Civil Veterinary Department Bihar reports 1940-50 - 1940-1950
Year: 1940
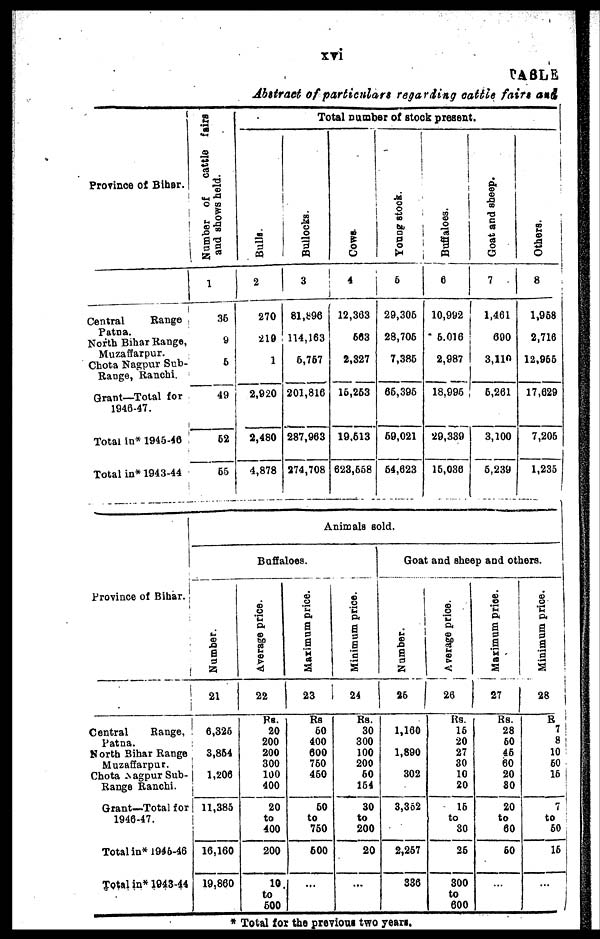
xvi
TABLE
Abstract of particulars regarding cattle fairs and
Province of Bihar.
Central Range
Patna.
North Bihar Range,
Muzaffarpur.
Chota Nagpur Sub-
Range, Ranchi.
Grant—Total for
1946-47.
Total In* 1945-46
Total in* 1943-44
Number of
cattle fairs
and shows held.
1
36
9
5
49
62
55
Total number of stock present.
Bulls.
2
270
219
1
2,920
2,480
4,878
Bullocks.
3
81,896
114,163
6,767
201,816
287,963
274,708
Cows.
4
12,303
663
2,327
15,253
19,513
623,668
Young stock.
5
29,306
28,706
7,386
66,396
69,021
64,623
Buffaloes.
6
10,992
5,016
2,987 i
18,995
29,339 |
16,036 |
Goat and sheep.
7
1,461
690
3,110
6,261
3,100
6,239
Others.
8
1,958
2,716
12,966
17,629
7,206
1,235
Province of Bihar.
Central
Range.
Patna.
North Bihar Range
Muzaffarpur.
Chota Nagpur Sub-
Range Ranchi.
Grant—Total for
1946-47.
Total in* 1945-46
Total in* 1943-44
Animals sold.
Buffaloes.
Number.
21
6,326
3,864
1,206
11,385
16,160
19,860
Average price.
22
Rs.
20
200
200
300
100
400
20
to
400
200
10.
to
600
Maximum price.
23
Rs
60
400
600
750
460
60
to
750
600
...
Minimum price.
24
Rs.
30
300
100
200
60
164
30
to
200
20
...
Goat and sheep and others.
Number.
25
1,160
1,890
302
3,362
2,267
S36
Average price.
26
Rs.
16
20
27
30
10
20
16
to
30
26
300
to
600
Maximum price.
27
Rs.
28
60
46
60
20
80
20
to
60
60
...
Minimum price.
28
R
7
8
10
60
15
7
to
60
16
...
* Total for the previous two years.